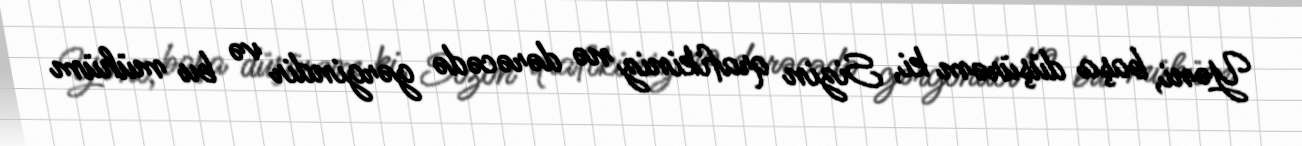
Yəni, başa düşürəm ki, Sizin qrafikiniz nə dərəcədə gərgindir və bu mühüm